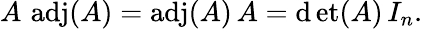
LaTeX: A\, \operatorname{a\mathrm{d}j}(A)=\operatorname{a\mathrm{d}j}(A)\, A=\operatorname*{\mathrm{d}et}(A)\, I_{n}.